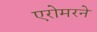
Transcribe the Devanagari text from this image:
एरोमरने